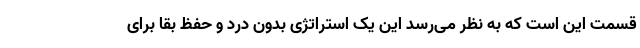
قسمت این است که به نظر می‌رسد این یک استراتژی بدون درد و حفظ بقا برای